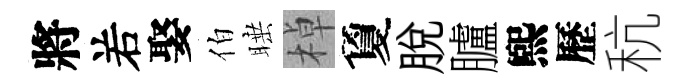
將𠰥娶伯睡棹夐脱臚煕歷秔